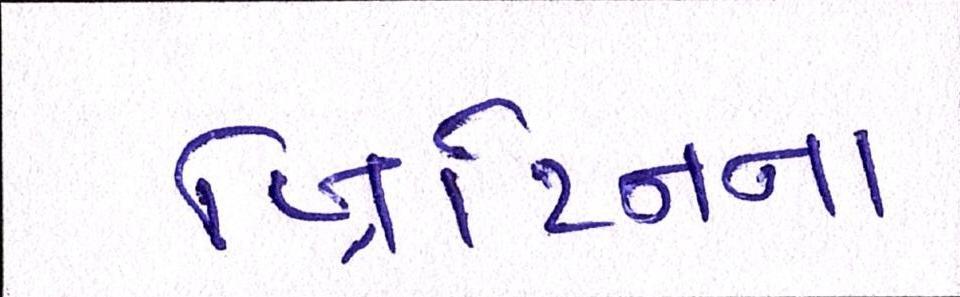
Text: બ્રિટિનના